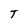
Character: T